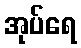
အုပ်ရေ